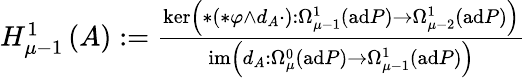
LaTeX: \begin{array}{r}{H_{\mu-1}^{1}\left(A\right):=\frac{\ker\left(*\left(*\varphi\wedge d_{A}\cdot\right):\Omega_{\mu-1}^{1}\left(\mathrm{ad}P\right)\rightarrow\Omega_{\mu-2}^{1}\left(\mathrm{ad}P\right)\right)}{\mathrm{im}\left(d_{A}:\Omega_{\mu}^{0}\left(\mathrm{ad}P\right)\rightarrow\Omega_{\mu-1}^{1}\left(\mathrm{ad}P\right)\right)}}\end{array}